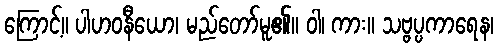
ကြောင့်။ ပါဟဝနီယော၊ မည်တော်မူ၏။ ဝါ၊ ကား။ သဗ္ဗပ္ပကာရေန၊